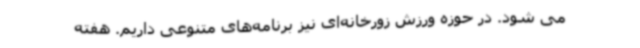
می شود. در حوزه ورزش زورخانه‌ای نیز برنامه‌های متنوعی داریم. هفته